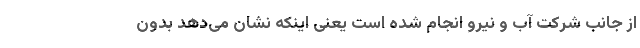
از جانب شرکت آب و نیرو انجام شده است یعنی اینکه نشان می‌دهد بدون